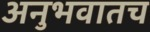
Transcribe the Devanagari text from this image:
अनुभवातच